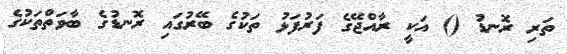
ތަރި ރޮނޑު () އަކީ ރާއްޖޭގެ ފަރުފަޅު ތަކުގެ ބޭރުގައި ރޮނޑުގެ ބާވަތްތަކުގެ